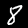
Label: 8